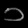
Digit: ၁